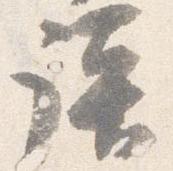
談